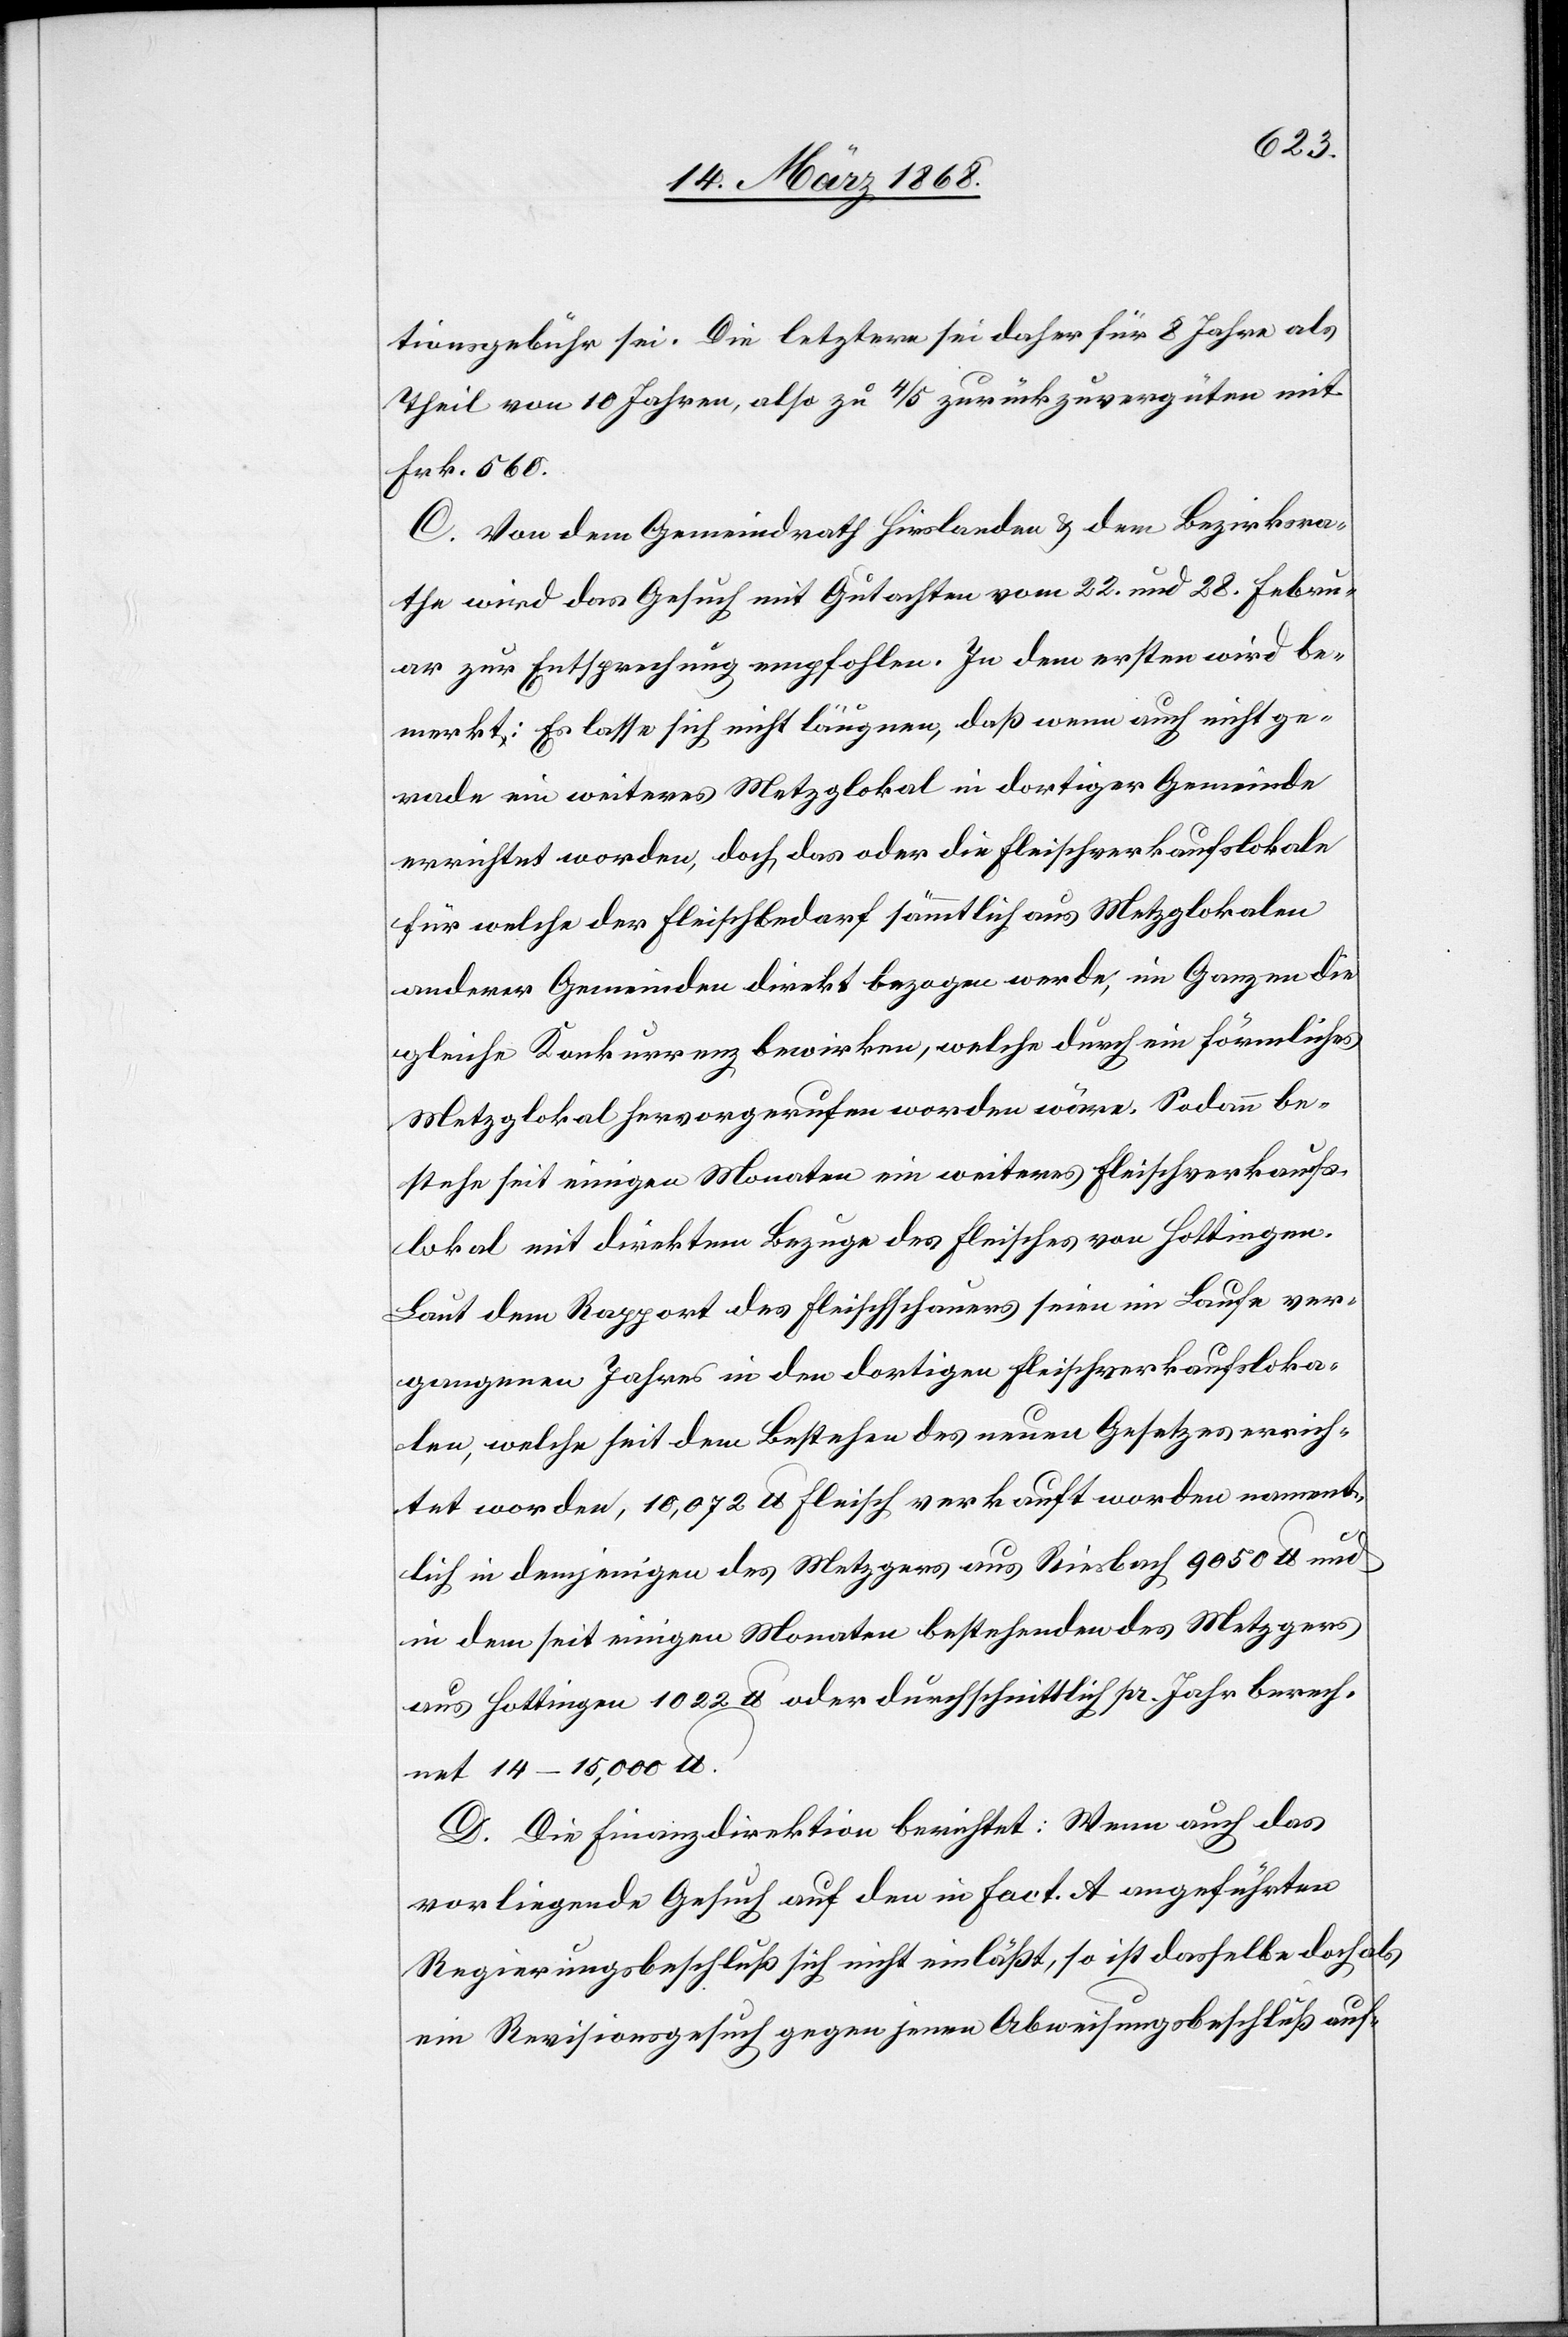
tionsgebühr sei. Die letztere sei daher für 8 Jahre als
Theil von 10 Jahren, also zu 4/5 zurückzuvergüten mit
Frk. 560.
C. Von dem Gemeindrath Hirslanden & dem Bezirksra¬
the wird das Gesuch mit Gutachten vom 22. und 28. Febru¬
ar zur Entsprechung empfohlen. In dem ersten wird be¬
merkt: Es lasse sich nicht läugnen, daß wenn auch nicht ge¬
rade ein weiteres Metzglokal in dortiger Gemeinde
errichtet worden, doch das oder die Fleischverkaufslokale
für welche der Fleischbedarf sämmtlich aus Metzglokalen
anderer Gemeinden direkt bezogen werde, im Ganzen die
gleiche Konkurrenz bewirken, welche durch ein förmliches
Metzglokal hervorgerufen worden wäre. Sodann be¬
stehe seit einigen Monaten ein weiteres Fleischverkaufs¬
lokal mit direktem Bezuge des Fleisches von Hottingen.
Laut dem Rapport des Fleischschauers seien im Laufe ver¬
gangenen Jahres in den dortigen Fleischverkaufsloka¬
len, welche seit dem Bestehen des neuen Gesetzes errich¬
tet worden, 10,072 lb Fleisch verkauft worden nament¬
lich in demjenigen des Metzgers aus Riesbach 9050 lb und
in dem seit einigen Monaten bestehenden des Metzgers
aus Hottingen 1022 lb oder durchschnittlich pr. Jahr berech¬
net 14–15,000 lb.
D. Die Finanzdirektion berichtet: Wenn auch das
vorliegende Gesuch auf den in Fact. A angeführten
Regierungsbeschluß sich nicht einläßt, so ist dasselbe doch
ein Revisionsgesuch gegen jenen Abweisungsbeschluß auf-